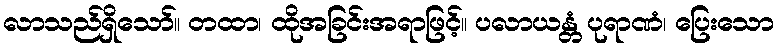
လာသည်ရှိသော်။ တထာ၊ ထိုအခြင်းအရာဖြင့်။ ပလာယန္တံ ပုရာဏံ၊ ပြေးသော